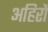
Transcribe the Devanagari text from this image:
अहिरों